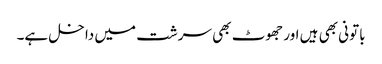
باتونی بھی ہیں اور جھوٹ بھی سرشت میں داخل ہے۔